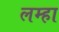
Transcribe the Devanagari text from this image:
लम्हा